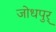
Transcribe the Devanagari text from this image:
जोधपुर्